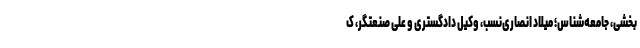
بخشی، جامعه‌شناس؛ میلاد انصاری‌نسب، وکیل دادگستری و علی صنعتگر، ک